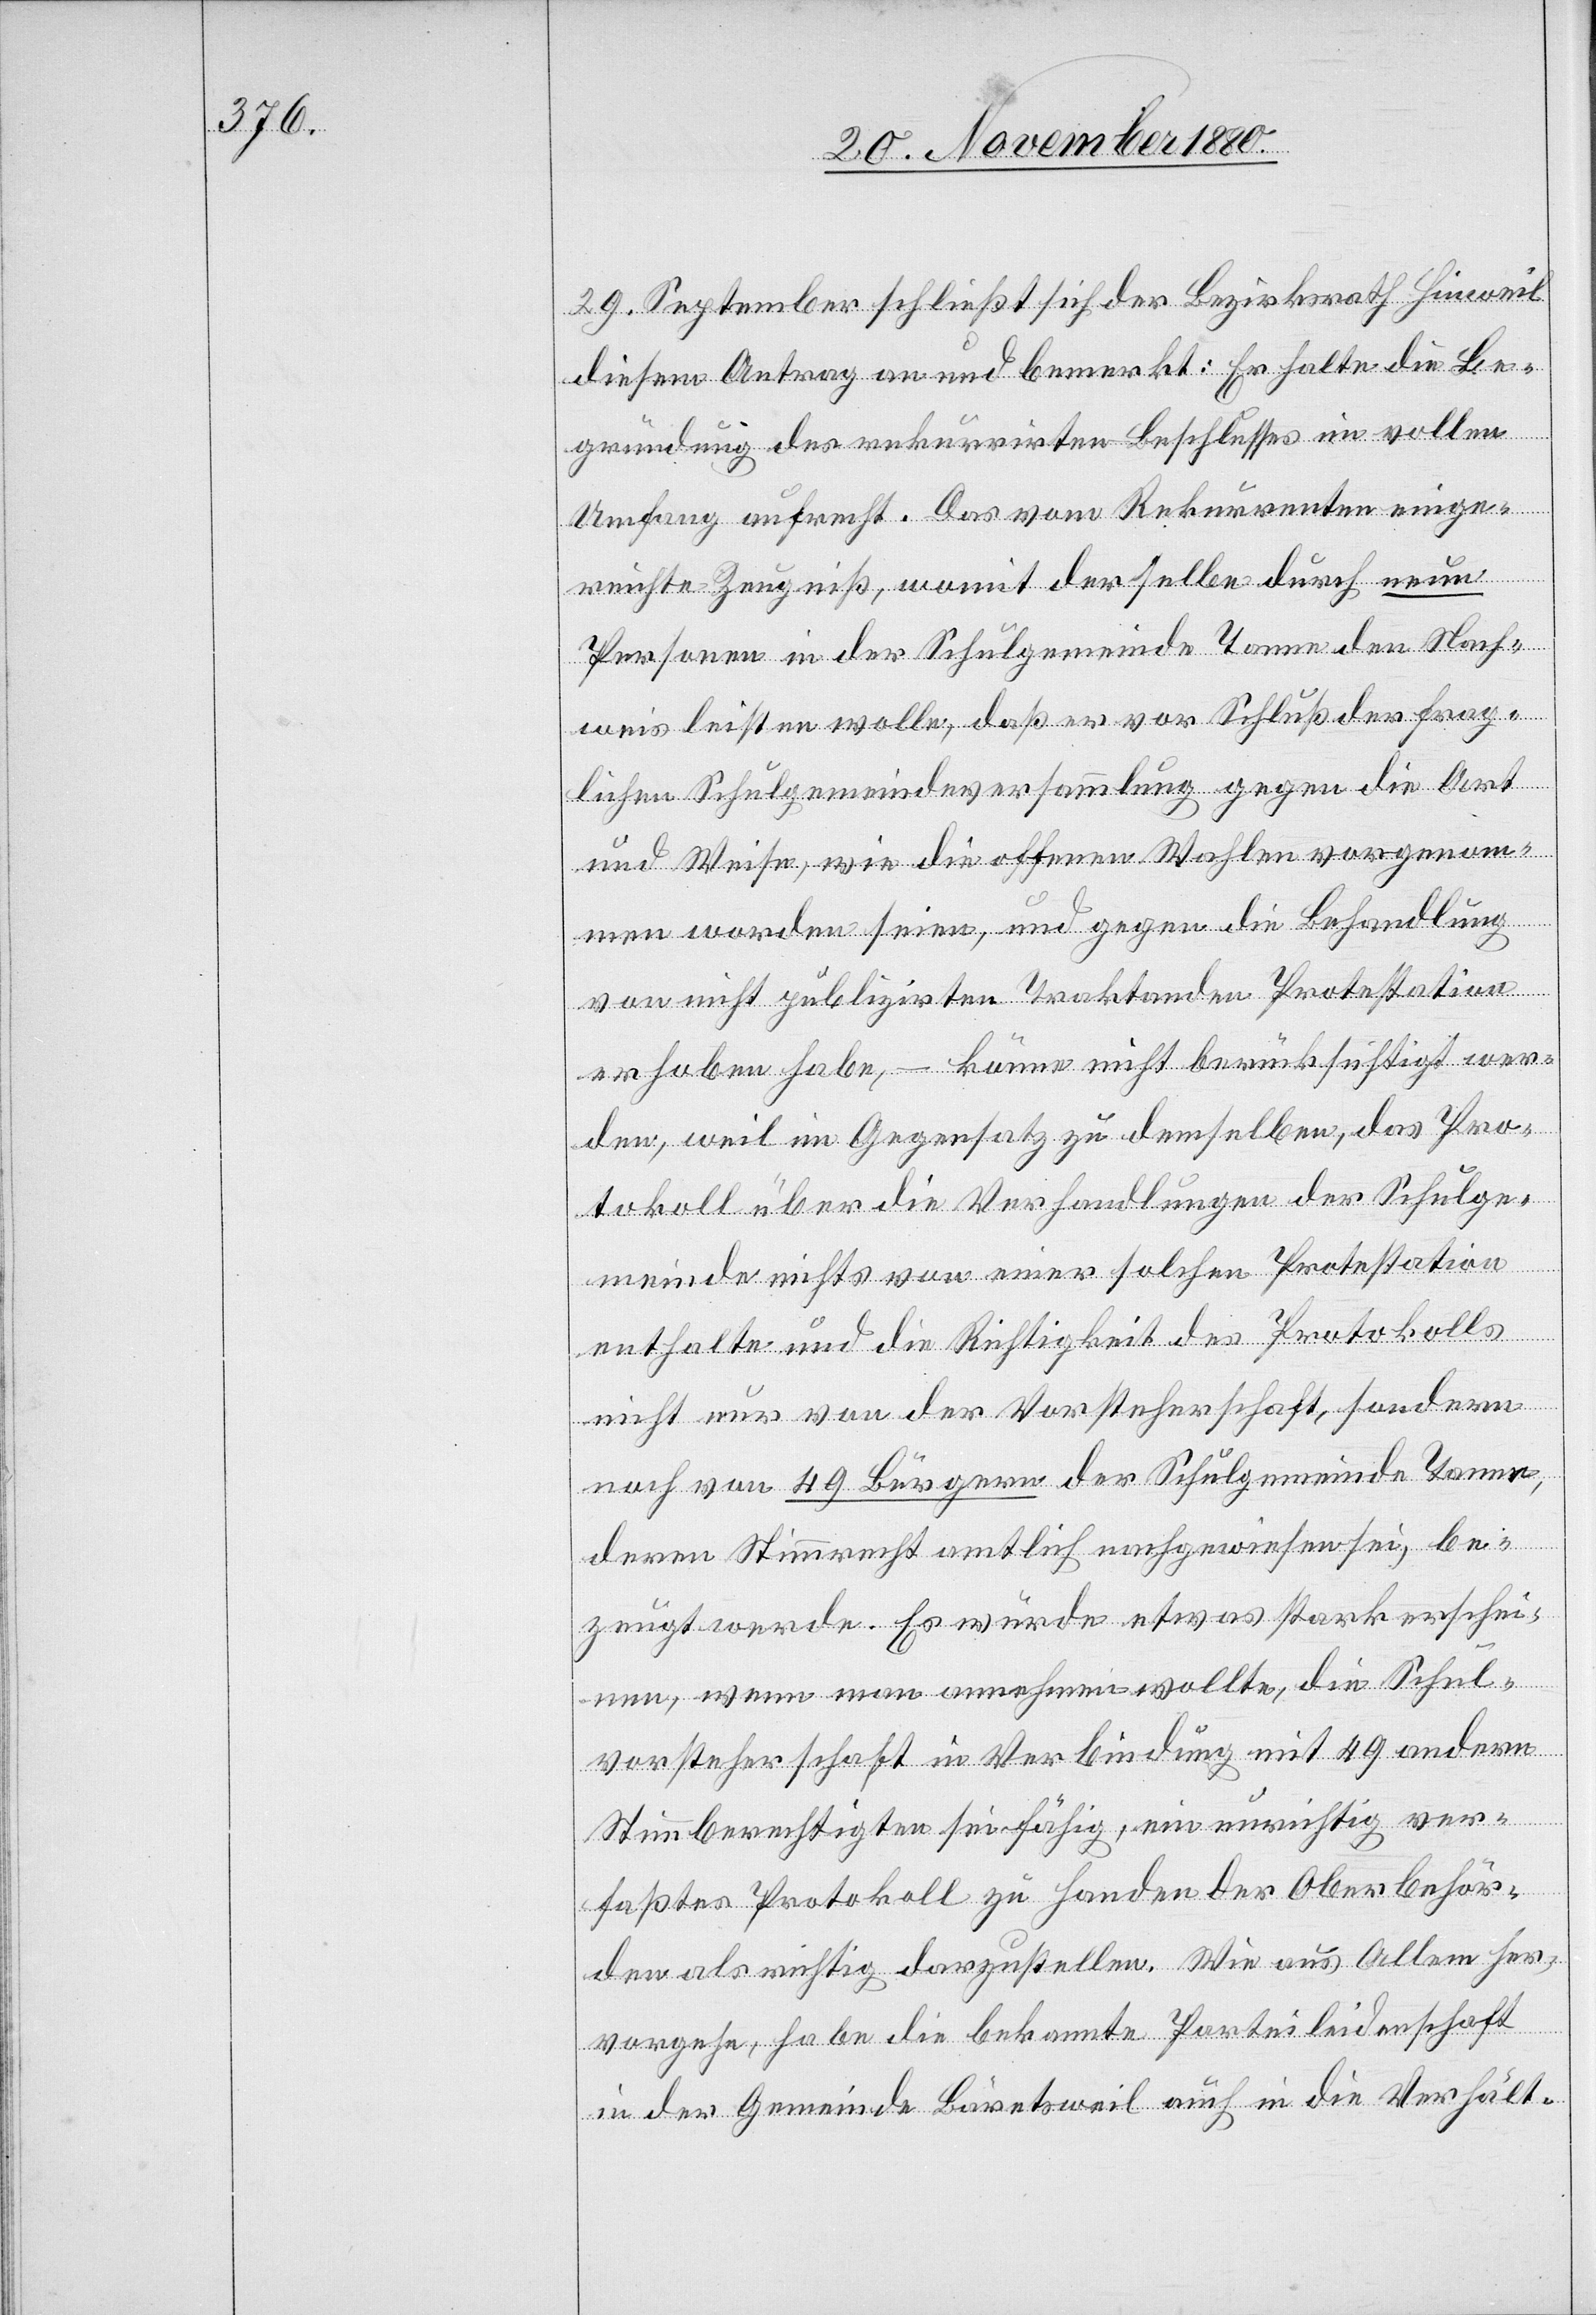
29. September schließt sich der Bezirksrath Hinweil
diesem Antrag an und bemerkt: Er halte die Be¬
gründung des rekurrirten Beschlusses im vollen
Umfang aufrecht. Das vom Rekurrenten einge¬
reichte Zeugniß, womit derselbe durch neun
Personen in der Schulgemeinde Tanne den Nach¬
weis leisten wolle, daß er vor Schluß der frag¬
lichen Schulgemeindeversammlung gegen die Art
und Weise, wie die offenen Wahlen vorgenom¬
men worden seien, und gegen die Behandlung
von nicht publizirten Traktanden Protestation
erhoben habe, – könne nicht berücksichtigt wer¬
den, weil im Gegensatz zu demselben, das Pro¬
tokoll über die Verhandlungen der Schulge¬
meinde nichts von einer solchen Protestation
enthalte und die Richtigkeit des Protokolls
nicht nur von der Vorsteherschaft, sondern
noch von 49 Bürgern der Schulgemeinde Tanne,
deren Stimmrecht amtlich nachgewiesen sei, be¬
zeugt werde. Es würde etwas stark erschei¬
nen, wenn man annehmen wollte, die Schul¬
vorsteherschaft in Verbindung mit 49 andern
Stimmberechtigten sei fähig, ein unrichtig ver¬
faßtes Protokoll zu Handen der Oberbehör¬
den richtig darzustellen. Wie aus Allem her¬
vorgehe, habe die bekannte Parteileidenschaft
in der Gemeinde Bäretsweil auch in die Verhält-